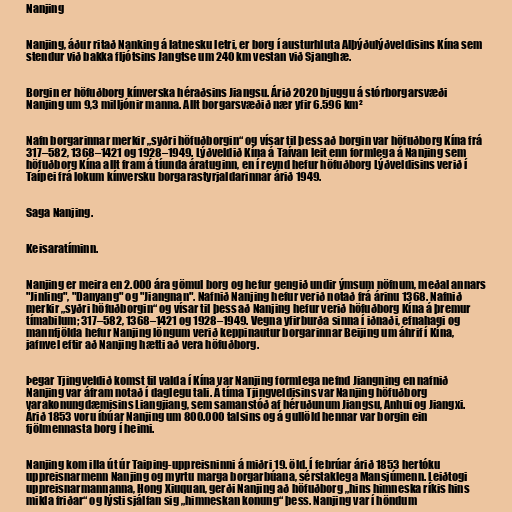
Nanjing

Nanjing, áður ritað Nanking á latnesku letri, er borg í austurhluta Alþýðulýðveldisins Kína sem
stendur við bakka fljótsins Jangtse um 240 km vestan við Sjanghæ.

Borgin er höfuðborg kínverska héraðsins Jiangsu. Árið 2020 bjuggu á stórborgarsvæði
Nanjing um 9,3 milljónir manna. Allt borgarsvæðið nær yfir 6.596 km²

Nafn borgarinnar merkir „syðri höfuðborgin“ og vísar til þess að borgin var höfuðborg Kína frá
317–582, 1368–1421 og 1928–1949. Lýðveldið Kína á Taívan leit enn formlega á Nanjing sem
höfuðborg Kína allt fram á tíunda áratuginn, en í reynd hefur höfuðborg Lýðveldisins verið í
Taípei frá lokum kínversku borgarastyrjaldarinnar árið 1949.

Saga Nanjing.

Keisaratíminn.

Nanjing er meira en 2.000 ára gömul borg og hefur gengið undir ýmsum nöfnum, meðal annars
"Jinling", "Danyang" og "Jiangnan". Nafnið Nanjing hefur verið notað frá árinu 1368. Nafnið
merkir „syðri höfuðborgin“ og vísar til þess að Nanjing hefur verið höfuðborg Kína á þremur
tímabilum; 317–582, 1368–1421 og 1928–1949. Vegna yfirburða sinna í iðnaði, efnahagi og
mannfjölda hefur Nanjing löngum verið keppinautur borgarinnar Beijing um áhrif í Kína,
jafnvel eftir að Nanjing hætti að vera höfuðborg.

Þegar Tjingveldið komst til valda í Kína var Nanjing formlega nefnd Jiangning en nafnið
Nanjing var áfram notað í daglegu tali. Á tíma Tjingveldisins var Nanjing höfuðborg
varakonungdæmisins Liangjiang, sem samanstóð af héruðunum Jiangsu, Anhui og Jiangxi.
Árið 1853 voru íbúar Nanjing um 800.000 talsins og á gullöld hennar var borgin ein
fjölmennasta borg í heimi.

Nanjing kom illa út úr Taiping-uppreisninni á miðri 19. öld. Í febrúar árið 1853 hertóku
uppreisnarmenn Nanjing og myrtu marga borgarbúana, sérstaklega Mansjúmenn. Leiðtogi
uppreisnarmannanna, Hong Xiuquan, gerði Nanjing að höfuðborg „hins himneska ríkis hins
mikla friðar“ og lýsti sjálfan sig „himneskan konung“ þess. Nanjing var í höndum